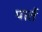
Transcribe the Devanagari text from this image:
पार्त